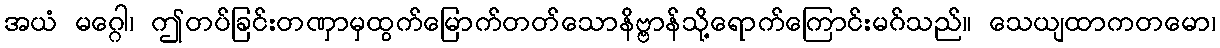
အယံ မဂ္ဂေါ၊ ဤတပ်ခြင်းတဏှာမှထွက်မြောက်တတ်သောနိဗ္ဗာန်သို့ရောက်ကြောင်းမဂ်သည်။ သေယျထာကတမော၊